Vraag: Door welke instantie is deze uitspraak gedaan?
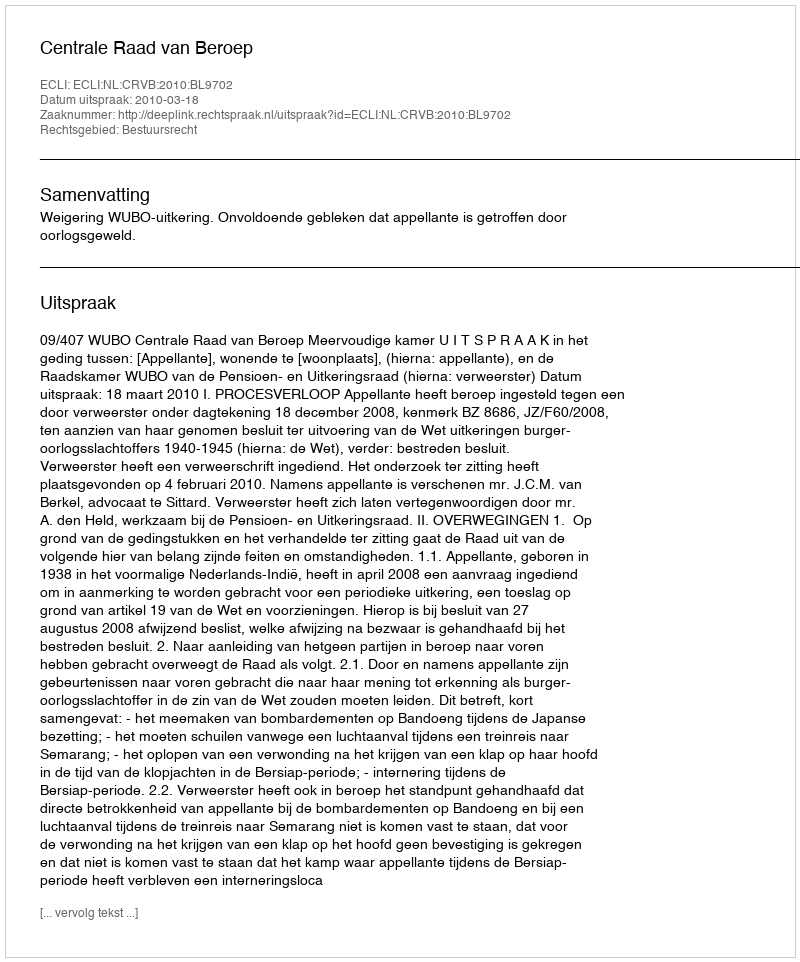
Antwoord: Centrale Raad van Beroep